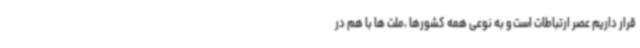
قرار داریم عصر ارتباطات است و به نوعی همه کشورها ،ملت ها با هم در